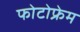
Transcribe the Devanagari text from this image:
फोटोफ्रेम